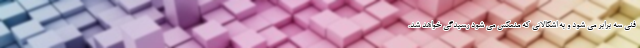
فنی سه برابر می شود و به اشکالاتی که منعکس می شود رسیدگی خواهد شد.